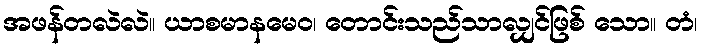
အဖန်တလဲလဲ။ ယာစမာနမေဝ၊ တောင်းသည်သာလျှင်ဖြစ် သော။ တံ၊